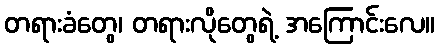
တရားခံတွေ၊ တရားလိုတွေရဲ့ အကြောင်းလေ။